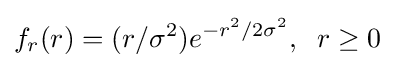
f_{r}(r)=(r/\sigma ^{2})e^{-r^{2}/2\sigma ^{2}},\;\;r\geq 0